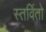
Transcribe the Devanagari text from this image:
स्तविंतो